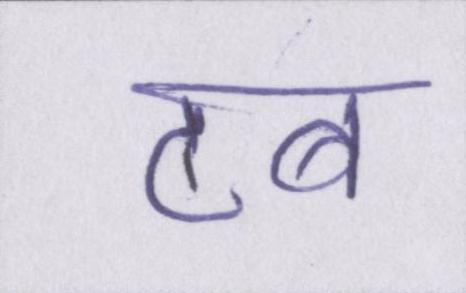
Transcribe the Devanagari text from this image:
टब